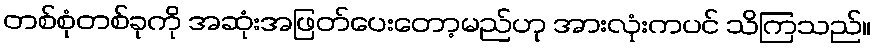
တစ်စုံတစ်ခုကို အဆုံးအဖြတ်ပေးတော့မည်ဟု အားလုံးကပင် သိကြသည်။